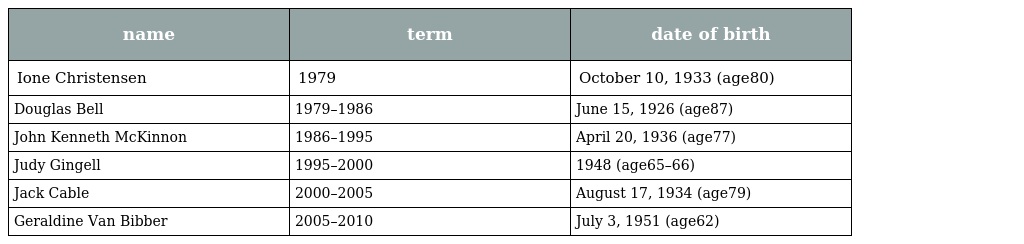
| name | term | date of birth |
 | --- | --- | --- |
 | Ione Christensen | 1979 | October 10, 1933 (age80) |
 | Douglas Bell | 1979–1986 | June 15, 1926 (age87) |
 | John Kenneth McKinnon | 1986–1995 | April 20, 1936 (age77) |
 | Judy Gingell | 1995–2000 | 1948 (age65–66) |
 | Jack Cable | 2000–2005 | August 17, 1934 (age79) |
 | Geraldine Van Bibber | 2005–2010 | July 3, 1951 (age62) |